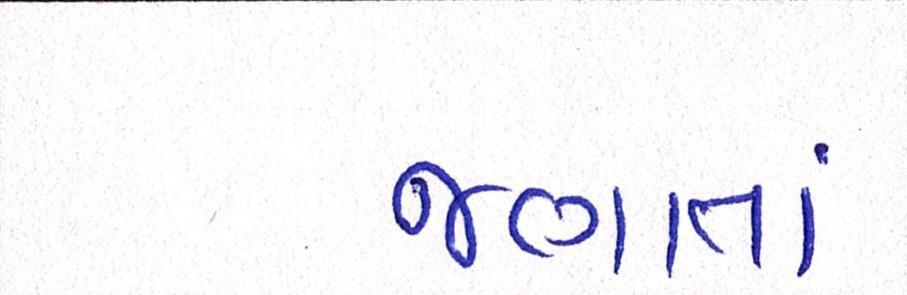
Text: જણાતાં